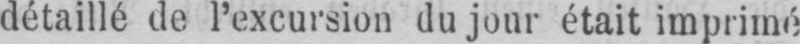
détaillé de l’excursion du jour était imprimé